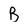
Character: B